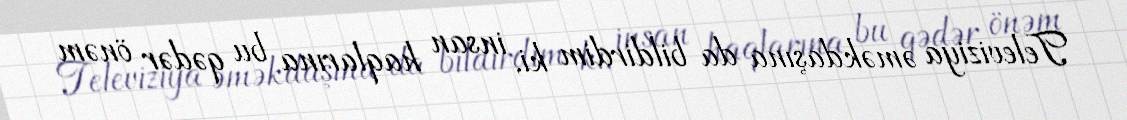
Televiziya əməkdaşına da bildirdim ki, insan haqlarına bu qədər önəm